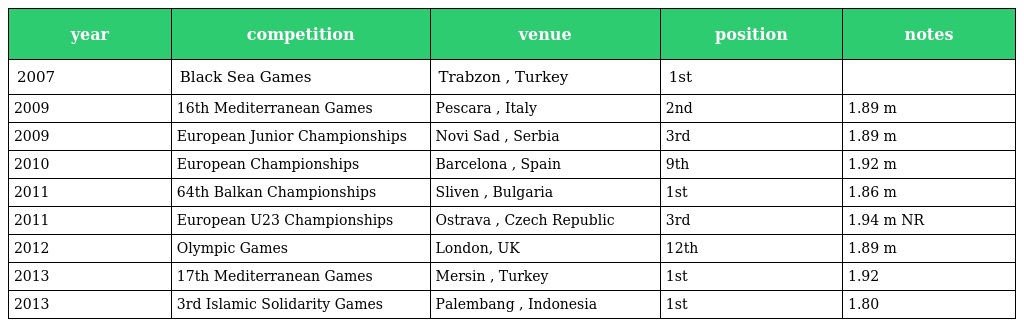
| year | competition | venue | position | notes |
 | --- | --- | --- | --- | --- |
 | 2007 | Black Sea Games | Trabzon , Turkey | 1st |  |
 | 2009 | 16th Mediterranean Games | Pescara , Italy | 2nd | 1.89 m |
 | 2009 | European Junior Championships | Novi Sad , Serbia | 3rd | 1.89 m |
 | 2010 | European Championships | Barcelona , Spain | 9th | 1.92 m |
 | 2011 | 64th Balkan Championships | Sliven , Bulgaria | 1st | 1.86 m |
 | 2011 | European U23 Championships | Ostrava , Czech Republic | 3rd | 1.94 m NR |
 | 2012 | Olympic Games | London, UK | 12th | 1.89 m |
 | 2013 | 17th Mediterranean Games | Mersin , Turkey | 1st | 1.92 |
 | 2013 | 3rd Islamic Solidarity Games | Palembang , Indonesia | 1st | 1.80 |